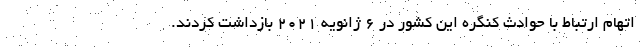
اتهام ارتباط با حوادث کنگره این کشور در ۶ ژانویه ۲۰۲۱ بازداشت کردند.